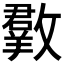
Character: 𣀆